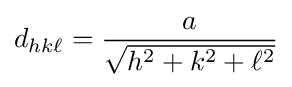
d_{hk\ell }={\frac {a}{\sqrt {h^{2}+k^{2}+\ell ^{2}}}}